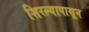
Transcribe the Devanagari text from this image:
शिरल्यापासून